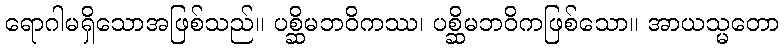
ရောဂါမရှိသောအဖြစ်သည်။ ပစ္ဆိမဘဝိကဿ၊ ပစ္ဆိမဘဝိကဖြစ်သော။ အာယသ္မတော